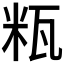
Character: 𱰋